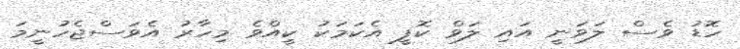
ހޮޑު ވެސް ލަވަނީ އައި ލަވް ކޮފީ އެކަމަކު ކީއްވެ މިހާރު އެވަސްޖެހުނީމަ